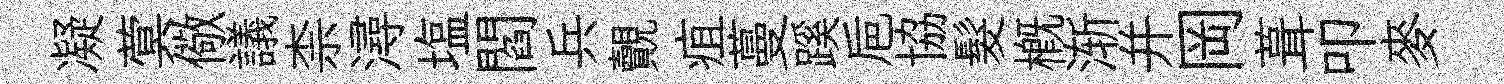
凝蓂儆議柰潯塩閻兵覿疽蔓蹊巵協髮槪渐并岡葺叩麥